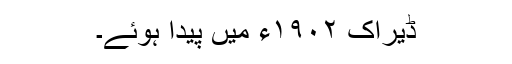
ڈیراک ١٩٠٢ء میں پیدا ہوئے۔